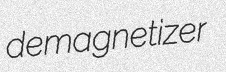
demagnetizer